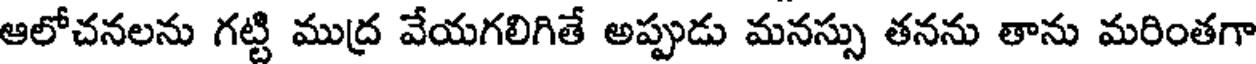
ఆలోచనలను గట్టి ముద్ర వేయగలిగితే అప్పుడు మనస్సు తనను తాను మరింతగా